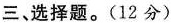
三、选择题。(12分)